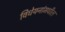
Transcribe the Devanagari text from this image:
विधेयनांमधील